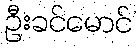
ဦးခင်မောင်